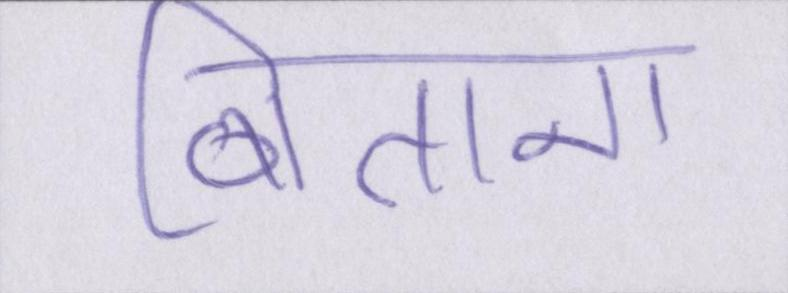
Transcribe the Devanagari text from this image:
बिताना